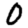
Digit: 0